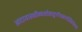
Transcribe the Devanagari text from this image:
आदायास्थीन्यथोमातुर्गंगामार्गस्थितोभवत्